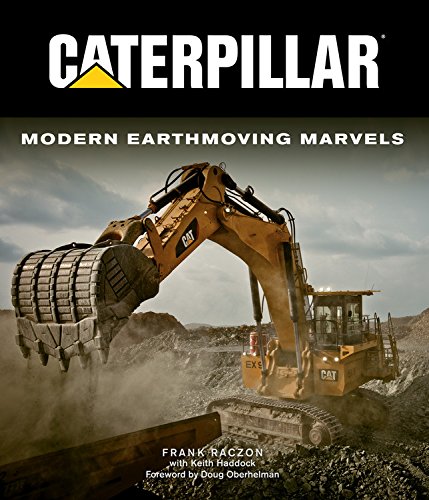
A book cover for Caterpillar: Modern Earthmoving Marvels; Frank Raczon; Engineering & Transportation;